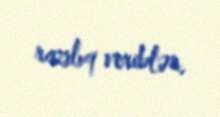
razılıq veriblər.